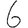
Digit: 6